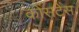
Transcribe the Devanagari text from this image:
कोंसटेंस